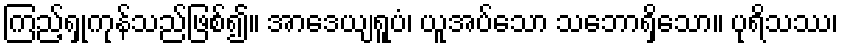
ကြည့်ရှုကုန်သည်ဖြစ်၍။ အာဒေယျရူပံ၊ ယူအပ်သော သဘောရှိသော။ ပုရိသဿ၊